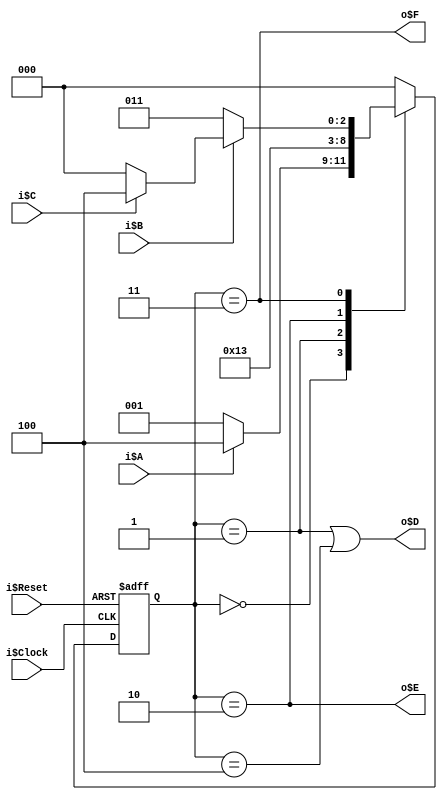
//===== Finite State Machine Example =====

//----- Synthesizable Circuit -----

module FSM_Example (
	// Inputs:
	i$Clock,	// Master clock
	i$Reset,	// Master reset (active high)
	i$A,
	i$B,
	i$C,

	// Outputs:
	o$D,
	o$E,
	o$F
);

// Port mode declarations:
	// Inputs:
input	i$Clock;
input	i$Reset;
input	i$A;
input	i$B;
input	i$C;

	// Outputs:
output	o$D;
output	o$E;
output	o$F;


// Registered identifiers:
// NOTE: Remove (or comment out) each line for which the 'assign' method is used
reg	o$D;
reg	o$E;
reg	o$F;


// Functionality:


// Declare parameters to represent the state bit patterns
parameter p$s0 = 3'b000;
parameter p$s1 = 3'b001;
parameter p$s2 = 3'b010;
parameter p$s3 = 3'b011;
parameter p$s4 = 3'b100;

// Declare outputs of each circuit block
reg [2:0] r$State, r$NextState;


// State register
always @ (posedge i$Clock or posedge i$Reset)
	if (i$Reset)
		r$State <= p$s0;
	else
		r$State <= r$NextState;

// Output decoder
always @ (r$State) begin
	o$D <= (r$State == p$s1 || r$State == p$s4);
	o$E <= (r$State == p$s2);
	o$F <= (r$State == p$s3);
end

// Next state decoder
always @ (r$State or i$A or i$B or i$C)
	case (r$State)
		p$s0: r$NextState <= (i$A) ? p$s4 : p$s1;
		p$s1: r$NextState <= p$s2;
		p$s2: r$NextState <= p$s3;
		p$s3: if (i$B)
			r$NextState <= (i$C) ? p$s4 : p$s0;
			else
			r$NextState <= p$s3;
		p$s4: r$NextState <= p$s0;
		default: r$NextState <= p$s0;
	endcase


endmodule